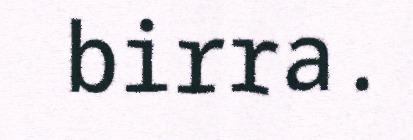
birra.